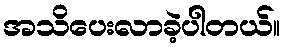
အသိပေးလာခဲ့ပါတယ်။